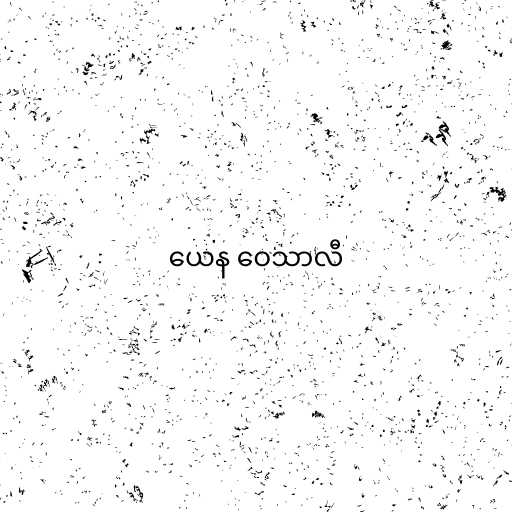
ယေန ဝေသာလီ